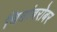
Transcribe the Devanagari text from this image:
चित्रांबरोबर